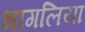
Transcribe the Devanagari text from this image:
भागलिया